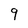
Character: 9